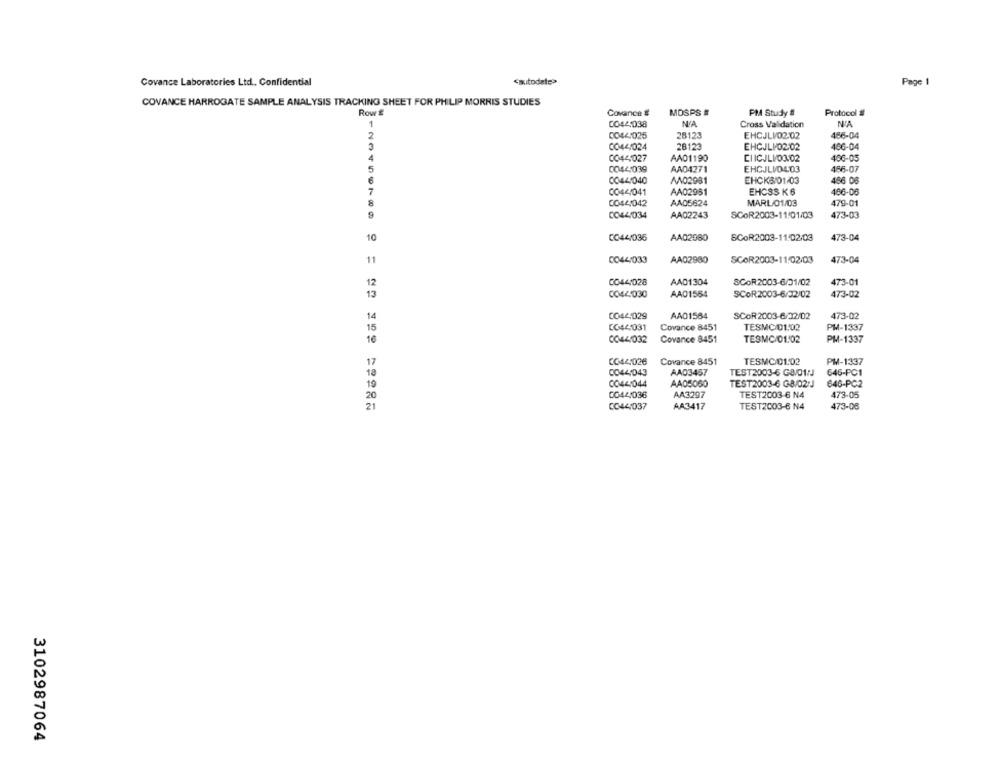
Covance Laboratories Ltd ., Confidential
<autodate>
Page 1
COVANCE HARROGATE SAMPLE ANALYSIS TRACKING SHEET FOR PHILIP MORRIS STUDIES
Row #
Covance #
MOSPS #
PM Study #
Protocol #
N'A
1
0044:038
Cross Validation
2
CO44/025
28123
EHCJLI/02/02
456-04
2
28123
466-04
0044/024
EHCJLI/02/02
4
0044027
AA01190
CIICJLI/03/02
406-05
AA04271
EHCJLI0403
456-07
5
0044/039
6
0044/040
AN02981
EHCK8/01/03
486 06
7
0044/041
AA02981
EHCSS K6
466-06
8
0044/042
AA05624
MARL/01/03
479-01
9
0044/034
AA02243
SCOR2003-11/01/03
473-03
0044/035
AA02960
SCOR2003-11:02/03
473-04
10
SCOR2003-11/02/03
473-04
11
0044/033
AA02980
12
0044/028
AAD1304
SCOR2003-6/01/02
473-01
13
0044030
AA01564
SCOR2003-6/32/02
473-02
14
CO44-029
AA01564
SCOR2003-6/32/02
473-02
15
CO44031
Covance 8451
TESMC/01/02
PM-1337
16
0044/032
Covance 8451
TESMC/01/02
PM-1337
17
CO44:026
Covance 8451
TESMC/01/02
PM-1337
0044/043
AA03457
TEST2003-6 G8/01:J
646-PC1
0044/044
AA05060
TEST2003-6 G8/02:J
646-PC2
0044/036
AA3297
TEST2003-6 N4
473-05
CO44037
AA3417
TEST2003-6 N4
473-08
3102987064